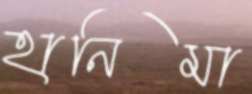
হানিমা